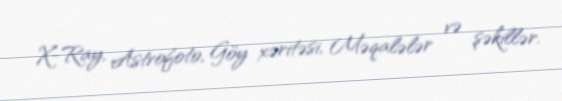
X-Ray, Astrofoto, Göy xəritəsi, Məqalələr və şəkillər.